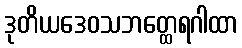
ဒုတိယဒေဝသဘတ္ထေရဂါထာ